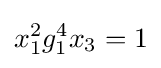
x_{1}^{2}g_{1}^{4}x_{3}=1